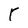
Character: T